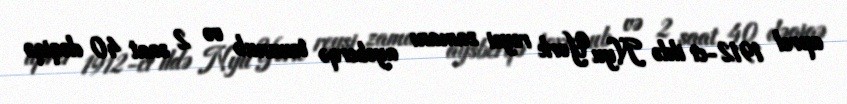
aprel 1912-ci ildə Nyu York reysi zamanı aysberqə toxunub və 2 saat 40 dəqiqə